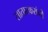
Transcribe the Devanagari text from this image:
सातारकरांनी